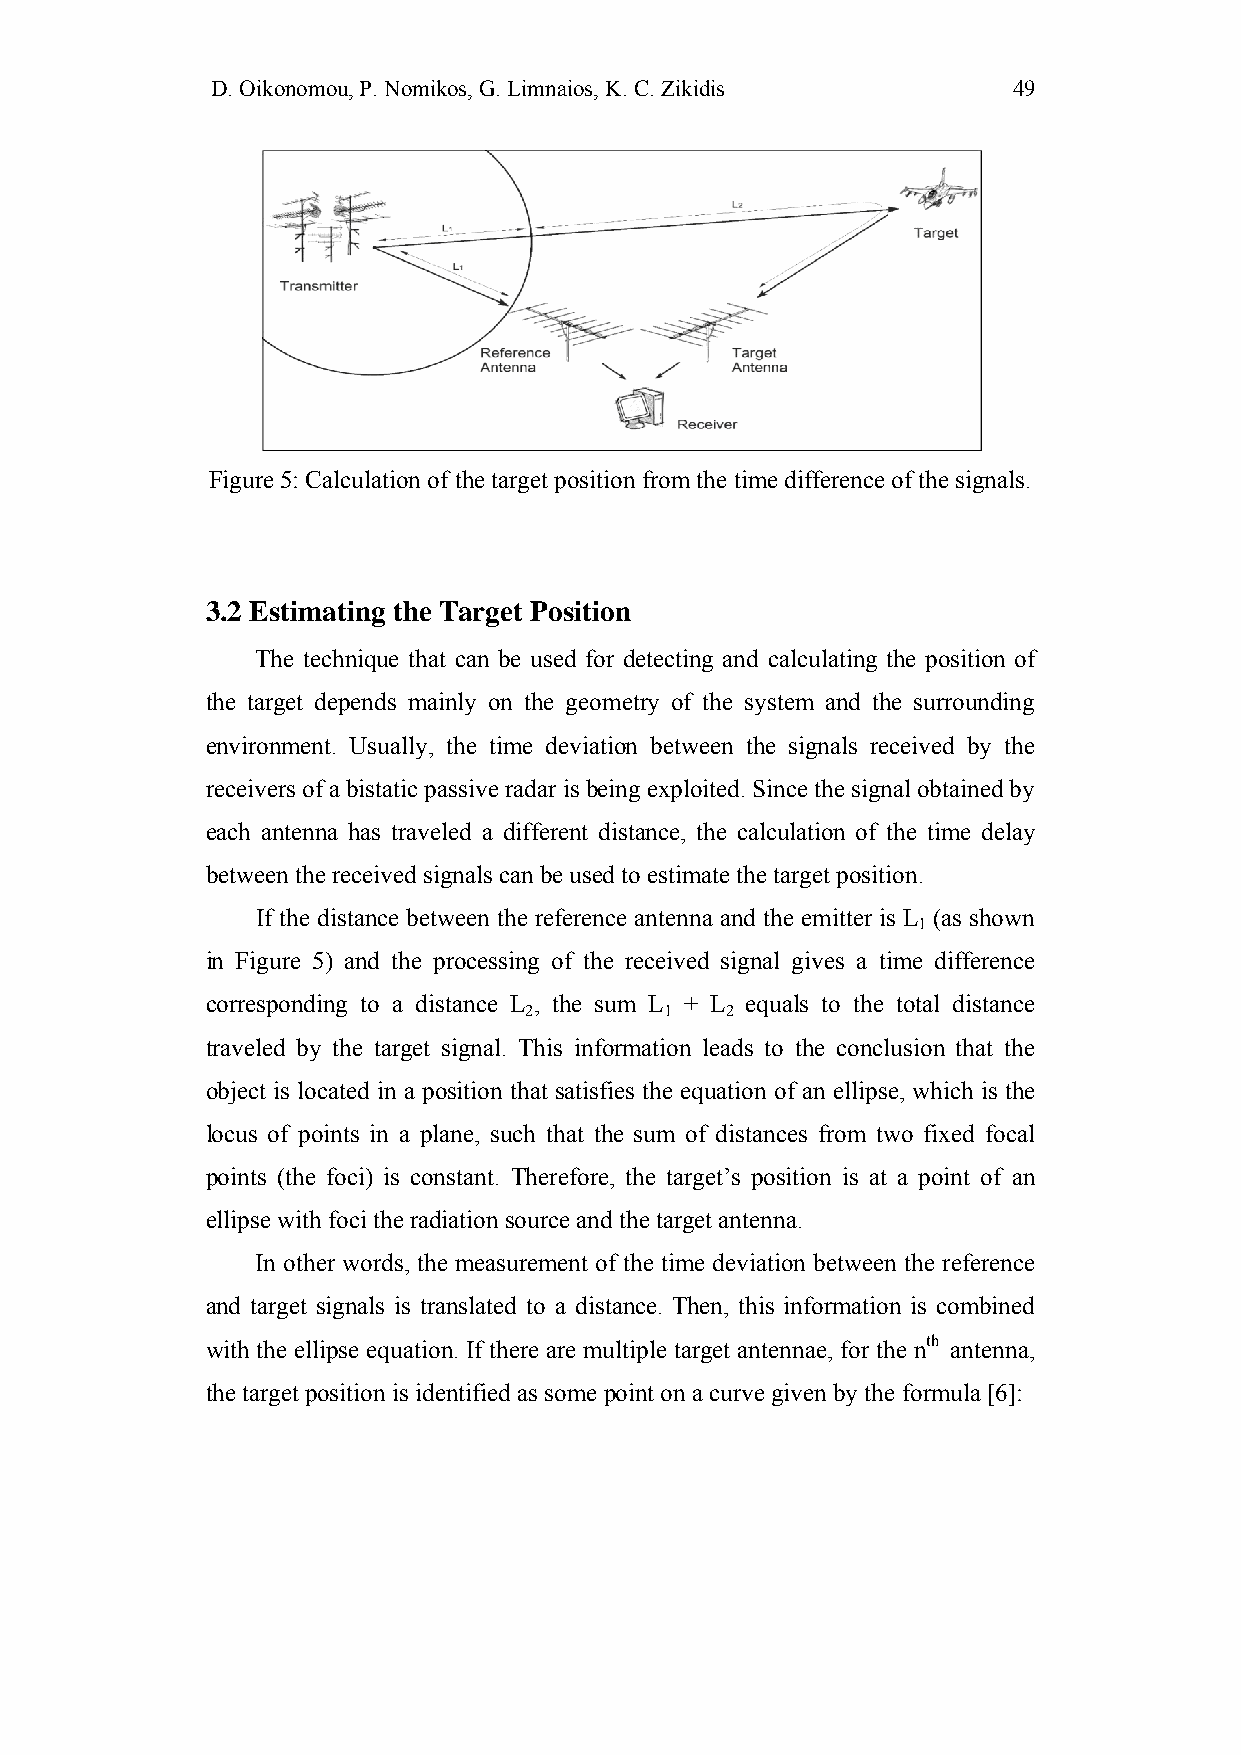
D. Oikonomou, P. Nomikos, G. Limnaios, K. C. Zikidis 49
 Figure 5: Calculation of the target position from the time difference of the signals.
 3.2 Estimating the Target Position
 The technique that can be used for detecting and calculating the position of
 the target depends mainly on the geometry of the system and the surrounding
 environment. Usually, the time deviation between the signals received by the
 receivers of a bistatic passive radar is being exploited. Since the signal obtained by
 each antenna has traveled a different distance, the calculation of the time delay
 between the received signals can be used to estimate the target position.
 If the distance between the reference antenna and the emitter is L (as shown
 1
 in Figure 5) and the processing of the received signal gives a time difference
 corresponding to a distance L , the sum L + L equals to the total distance
 2        1   2
 traveled by the target signal. This information leads to the conclusion that the
 object is located in a position that satisfies the equation of an ellipse, which is the
 locus of points in a plane, such that the sum of distances from two fixed focal
 points (the foci) is constant. Therefore, the target’s position is at a point of an
 ellipse with foci the radiation source and the target antenna.
 In other words, the measurement of the time deviation between the reference
 and target signals is translated to a distance. Then, this information is combined
 with the ellipse equation. If there are multiple target antennae, for the nth antenna,
 the target position is identified as some point on a curve given by the formula [6]: